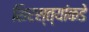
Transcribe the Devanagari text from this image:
शिरस्त्यांकडे